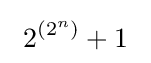
\ 2^{(2^{n})}+1\